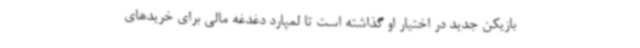
بازیکن جدید در اختیار او گذاشته است تا لمپارد دغدغه مالی برای خریدهای